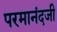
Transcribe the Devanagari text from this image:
परमानंदजी